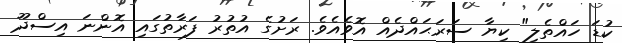
ކުޑަ ހައްތެލި" ކިޔާ ސަރަޙައްދެއް އޮވެއެވެ. ރަށުގެ އުތުރު ފަރާތުގައި އޮންނަ އިސްދޫ